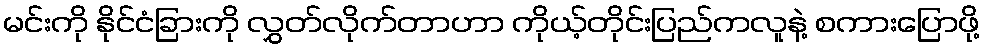
မင်းကို နိုင်ငံခြားကို လွှတ်လိုက်တာဟာ ကိုယ့်တိုင်းပြည်ကလူနဲ့ စကားပြောဖို့